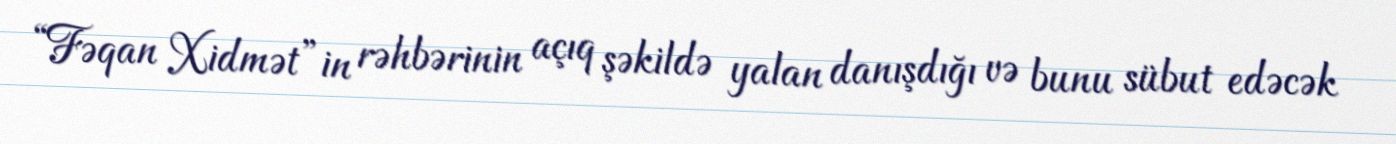
“Fəqan Xidmət”in rəhbərinin açıq şəkildə yalan danışdığı və bunu sübut edəcək